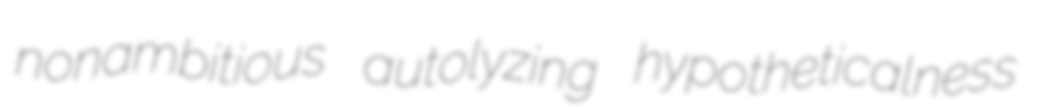
nonambitious autolyzing hypotheticalness